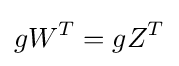
gW^{T}=gZ^{T}